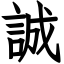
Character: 誠